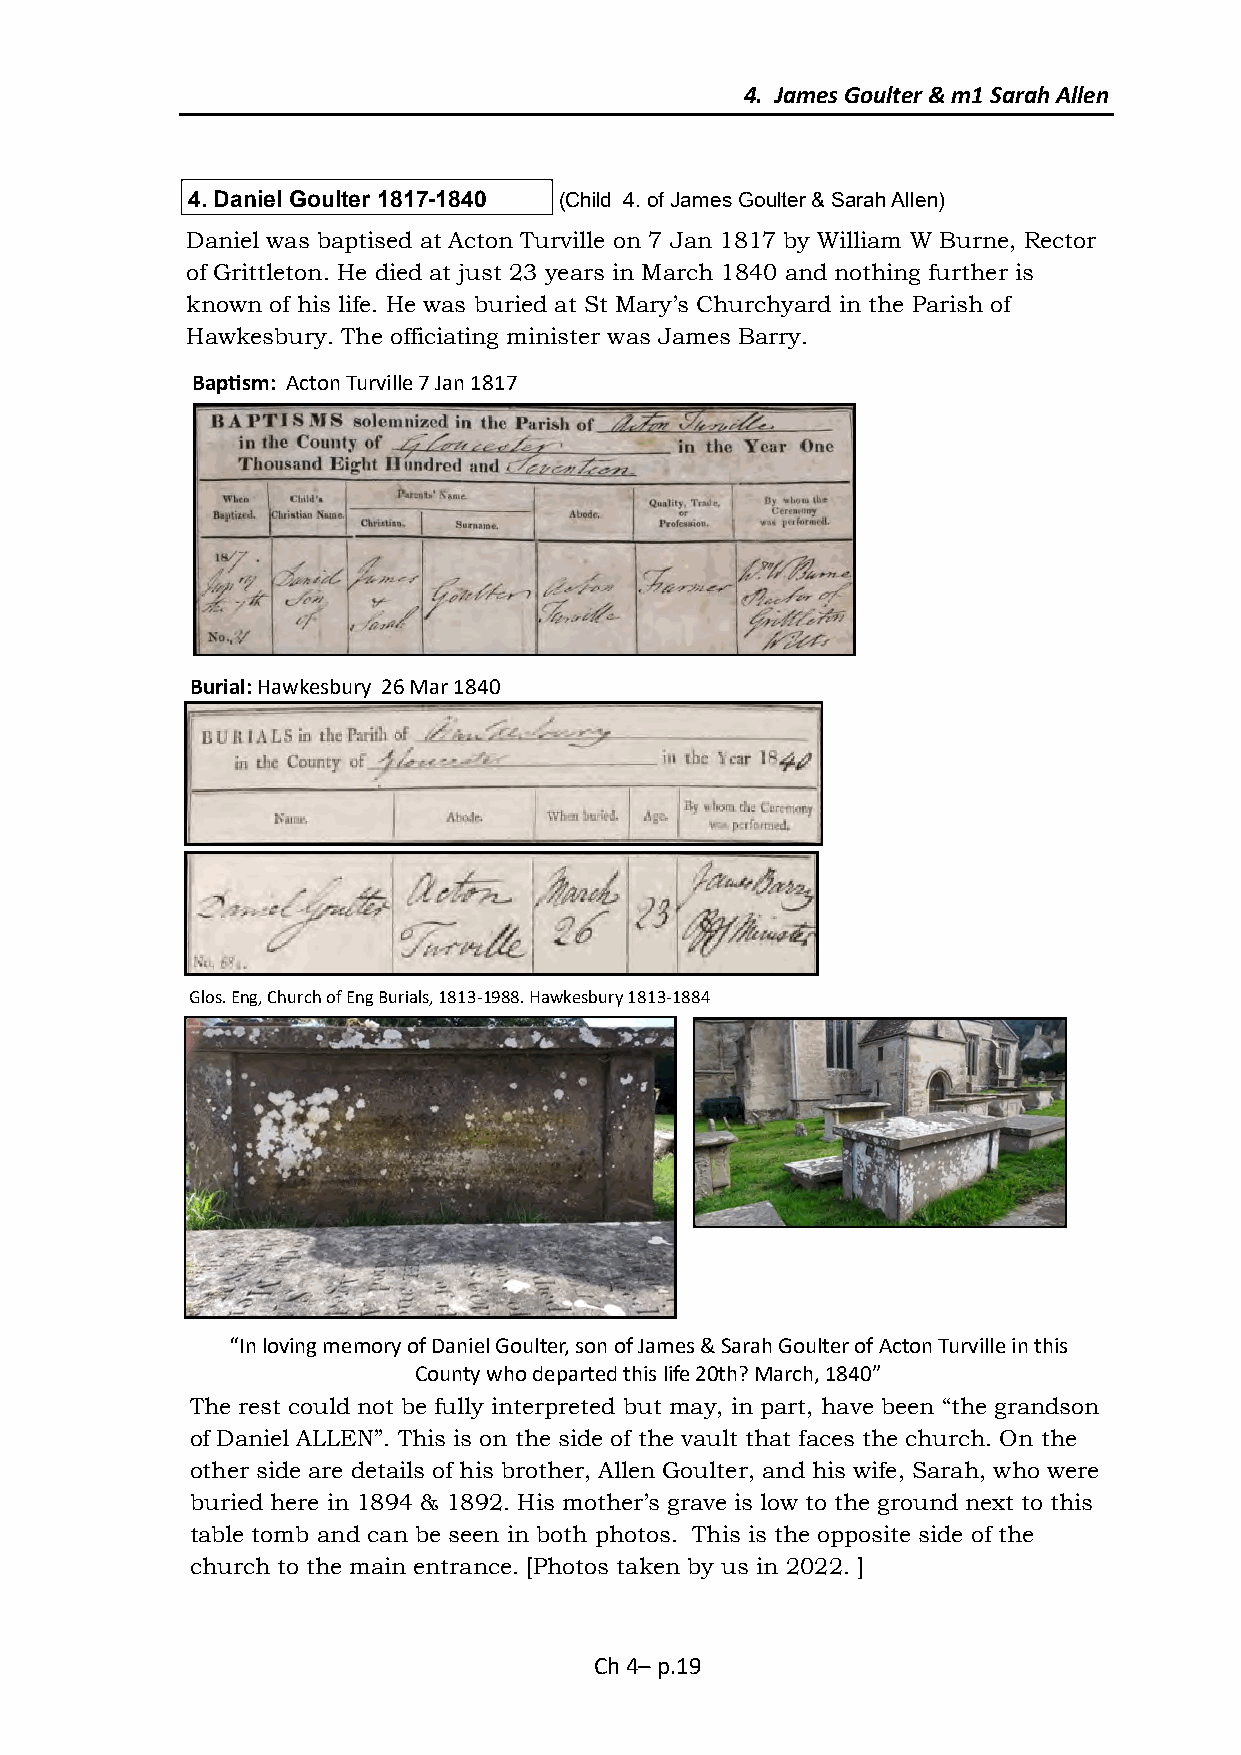
4. James Goulter & m1 Sarah Allen
 4. Daniel Goulter 1817-1840 (Child 4. of James Goulter & Sarah Allen)
 Daniel was baptised at Acton Turville on 7 Jan 1817 by William W Burne, Rector
 of Grittleton. He died at just 23 years in March 1840 and nothing further is
 known of his life. He was buried at St Mary’s Churchyard in the Parish of
 Hawkesbury. The officiating minister was James Barry.
 Baptism: Acton Turville 7 Jan 1817
 Burial: Hawkesbury 26 Mar 1840
 Glos. Eng, Church of Eng Burials, 1813-1988. Hawkesbury 1813-1884
 “In loving memory of Daniel Goulter, son of James & Sarah Goulter of Acton Turville in this
 County who departed this life 20th? March, 1840”
 The rest could not be fully interpreted but may, in part, have been “the grandson
 of Daniel ALLEN”. This is on the side of the vault that faces the church. On the
 other side are details of his brother, Allen Goulter, and his wife, Sarah, who were
 buried here in 1894 & 1892. His mother’s grave is low to the ground next to this
 table tomb and can be seen in both photos. This is the opposite side of the
 church to the main entrance. [Photos taken by us in 2022. ]
 Ch 4– p.19